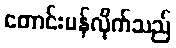
တောင်းပန်လိုက်သည်